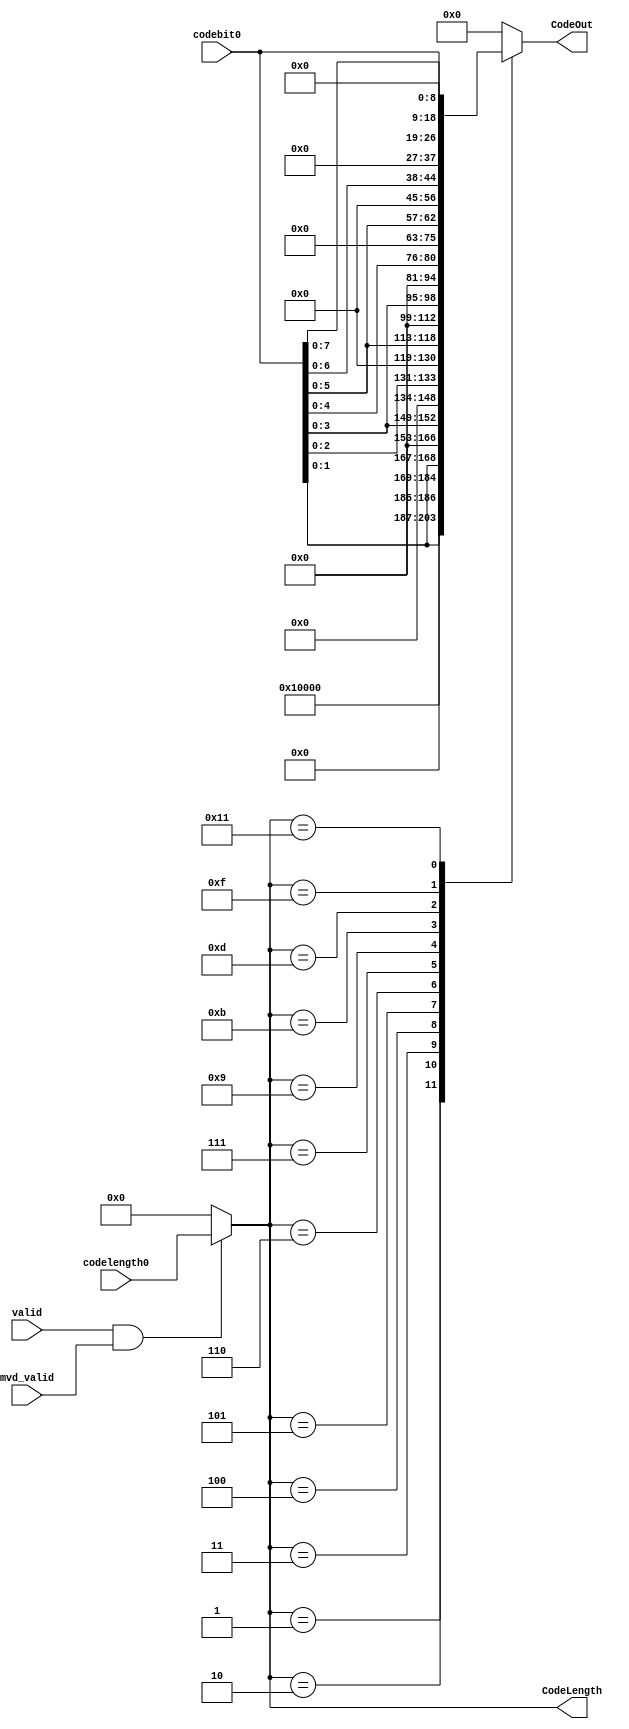
module MB_header_packer(
				codebit0,
				codelength0,
				CodeOut,
				CodeLength,
				valid,
				mvd_valid
);

input  [8:0]  codebit0;
input  [4:0]  codelength0;
input         valid;
input         mvd_valid;
output [16:0] CodeOut;
output [4:0]  CodeLength;


reg    [16:0]   code0;
wire   [4:0]    tmpcodelength0;
wire   [4:0]    left_shift0;


assign tmpcodelength0 = (valid&&mvd_valid)? codelength0:5'b0;
assign CodeLength = tmpcodelength0;


always @(*) begin
	case(tmpcodelength0)
		4'd1  :code0 = { 1'b1, 16'b0 };
		4'd2  :code0 = { codebit0[1:0],15'b0};
		4'd3  :code0 = { 1'b0, codebit0[1:0],14'b0};
		4'd4  :code0 = { codebit0[3:0], 13'b0};
		4'd5  :code0 = { 2'b0, codebit0[2:0],12'b0};
		4'd6  :code0 = { codebit0[5:0], 11'b0};
		4'd7  :code0 = { 3'b0, codebit0[3:0],10'b0 };
		4'd9  :code0 = { 4'b0, codebit0[4:0],8'b0 };
		4'd11 :code0 = { 5'b0, codebit0[5:0],6'b0 };
		4'd13 :code0 = { 6'b0, codebit0[6:0],4'b0 };
		4'd15 :code0 = { 7'b0, codebit0[7:0],2'b0 };
		5'd17 :code0 = { 8'b0, codebit0 };
		default : code0 = 0;
	endcase
end

assign CodeOut = code0;

endmodule